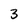
Character: 3